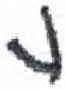
אות: נ